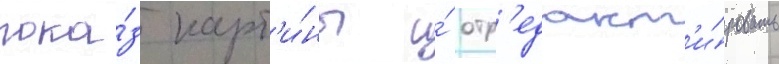
пока́з карт'и́ны и́ отр'едакт'и́ровать